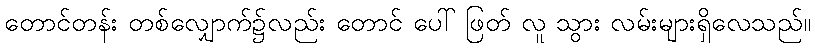
တောင်တန်း တစ်လျှောက်၌လည်း တောင် ပေါ် ဖြတ် လူ သွား လမ်းများရှိလေသည်။